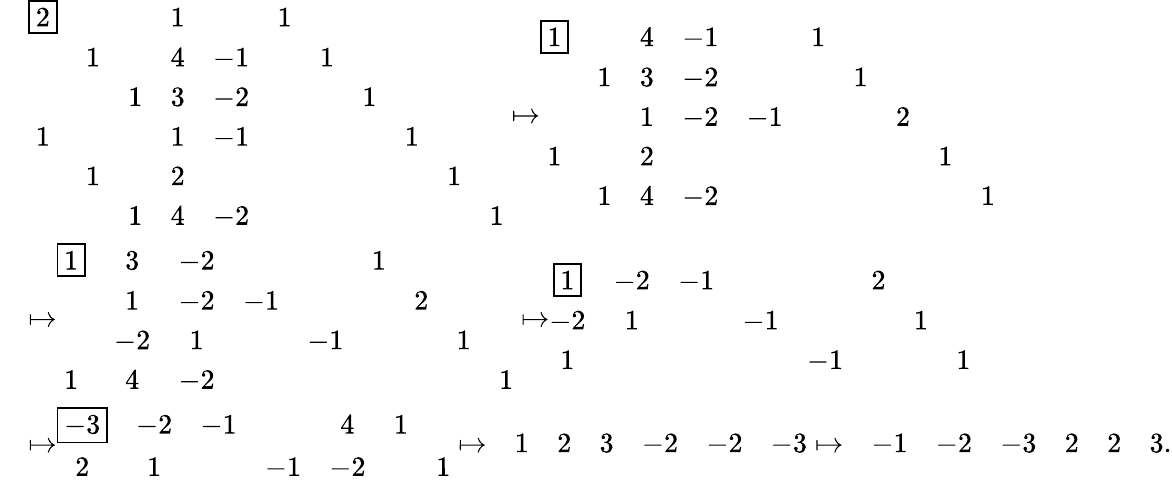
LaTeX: \begin{array}{rl}&{\begin{array}{ccccccccccc}{\boxed{2}}&&&{1}&&{1}&&&&&\\ &{1}&&{4}&{-1}&&{1}&&&&\\ &&{1}&{3}&{-2}&&&{1}&&&\\ {1}&&&{1}&{-1}&&&&{1}&&\\ &{1}&&{2}&&&&&&{1}&\\ &&{1}&{4}&{-2}&&&&&&{1}\end{array}\mapsto\begin{array}{cccccccccc}{\boxed{1}}&&{4}&{-1}&&{1}&&&&\\ &{1}&{3}&{-2}&&&{1}&&&\\ &&{1}&{-2}&{-1}&&&{2}&&\\ {1}&&{2}&&&&&&{1}&\\ &{1}&{4}&{-2}&&&&&&{1}\end{array}}\\ &{\mapsto\begin{array}{ccccccccc}{\boxed{1}}&{3}&{-2}&&&{1}&&&\\ &{1}&{-2}&{-1}&&&{2}&&\\ &{-2}&{1}&&{-1}&&&{1}&\\ {1}&{4}&{-2}&&&&&&{1}\end{array}\mapsto\begin{array}{cccccccc}{\boxed{1}}&{-2}&{-1}&&&{2}&&\\ {-2}&{1}&&{-1}&&&{1}&\\ {1}&&&&{-1}&&&{1}\end{array}}\\ &{\mapsto\begin{array}{ccccccc}{\boxed{-3}}&{-2}&{-1}&&{4}&{1}&\\ {2}&{1}&&{-1}&{-2}&&{1}\end{array}\mapsto\begin{array}{ccccccc}&{1}&{2}&{3}&{-2}&{-2}&{-3}\end{array}\mapsto\begin{array}{ccccccc}&{-1}&{-2}&{-3}&{2}&{2}&{3}\end{array}.}\end{array}